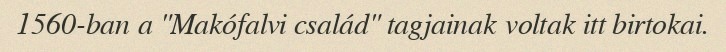
1560-ban a "Makófalvi család" tagjainak voltak itt birtokai.